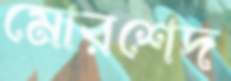
মোরশেদ